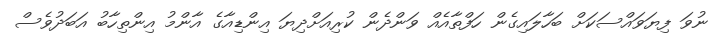
ނުވަ ފިޔަވައްސަކަށް ބަހާލައިގެން ހަފްތާއެއް ވަންދެން ކުރިއަށްދިޔަ އިންޑިއާގެ އާންމު އިންތިހާބު އަބަދުވެސް